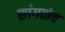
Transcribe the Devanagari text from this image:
सांगतोच